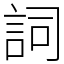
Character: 詞